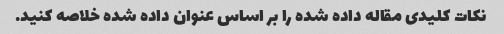
نکات کلیدی مقاله داده شده را بر اساس عنوان داده شده خلاصه کنید.